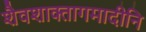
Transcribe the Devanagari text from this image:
शैवशाक्तागमादीनि